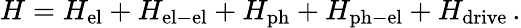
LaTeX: H=H_{\mathrm{el}}+H_{\mathrm{el-el}}+H_{\mathrm{ph}}+H_{\mathrm{ph-el}}+H_{\mathrm{drive}}\, .